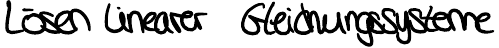
Lösen linearer Gleichungssysteme